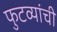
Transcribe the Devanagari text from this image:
फुटव्यांची